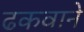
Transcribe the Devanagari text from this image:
ढकवाने